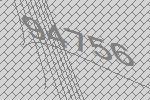
94756